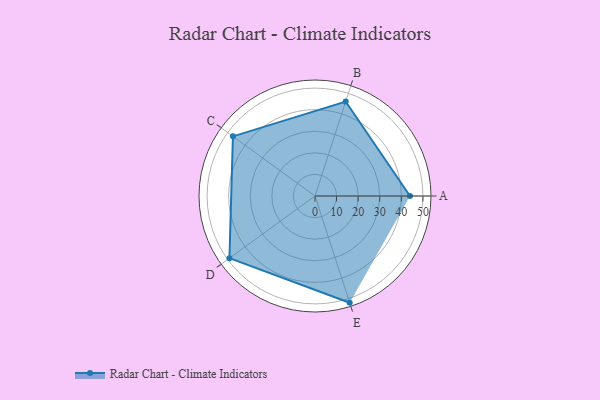
{"axis": {"x": "Skill", "y": "Score"}, "legend": ["Profile"], "data": [{"x": "A", "y": 44.0, "type": "Profile"}, {"x": "B", "y": 46.0, "type": "Profile"}, {"x": "C", "y": 47.0, "type": "Profile"}, {"x": "D", "y": 49.0, "type": "Profile"}, {"x": "E", "y": 52.0, "type": "Profile"}]}